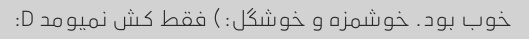
خوب بود. خوشمزه و خوشگل:) فقط کش نمیومد D: